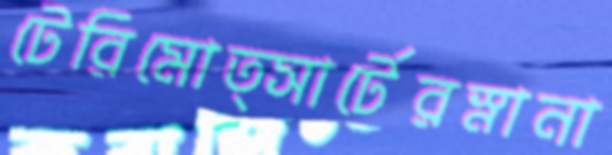
টেরিমোত্সার্টেরস্নানা